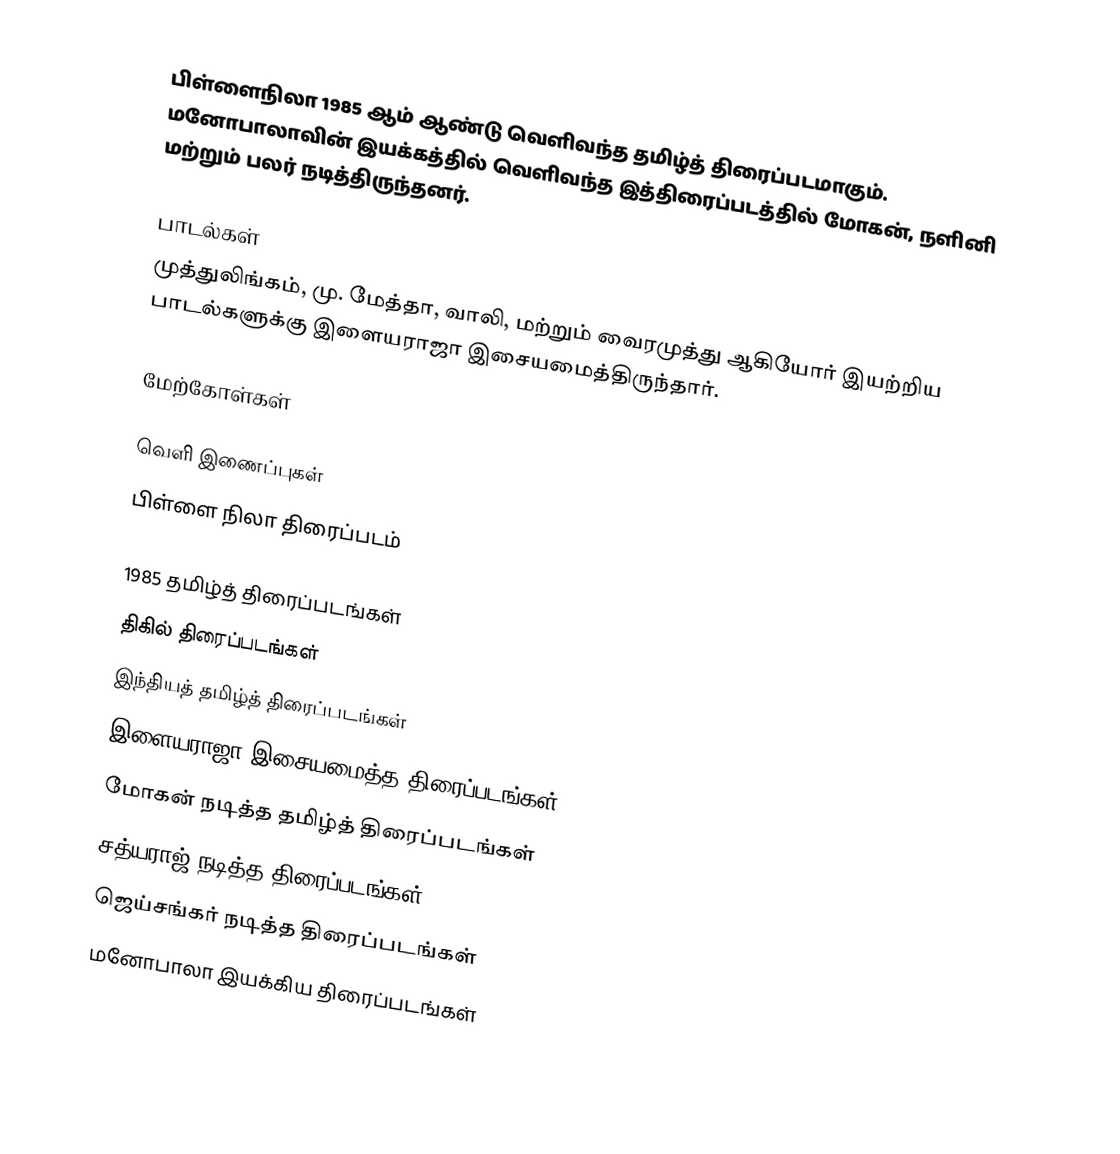
பிள்ளைநிலா 1985 ஆம் ஆண்டு வெளிவந்த தமிழ்த் திரைப்படமாகும். மனோபாலாவின் இயக்கத்தில் வெளிவந்த இத்திரைப்படத்தில் மோகன், நளினி மற்றும் பலர் நடித்திருந்தனர்.

பாடல்கள்
முத்துலிங்கம், மு. மேத்தா, வாலி, மற்றும் வைரமுத்து ஆகியோர் இயற்றிய பாடல்களுக்கு இளையராஜா இசையமைத்திருந்தார்.

மேற்கோள்கள்

வெளி இணைப்புகள்
பிள்ளை நிலா திரைப்படம்

1985 தமிழ்த் திரைப்படங்கள்
திகில் திரைப்படங்கள்
இந்தியத் தமிழ்த் திரைப்படங்கள்
இளையராஜா இசையமைத்த திரைப்படங்கள்
மோகன் நடித்த தமிழ்த் திரைப்படங்கள்
சத்யராஜ் நடித்த திரைப்படங்கள்
ஜெய்சங்கர் நடித்த திரைப்படங்கள்
மனோபாலா இயக்கிய திரைப்படங்கள்